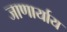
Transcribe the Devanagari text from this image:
जाणार्याय